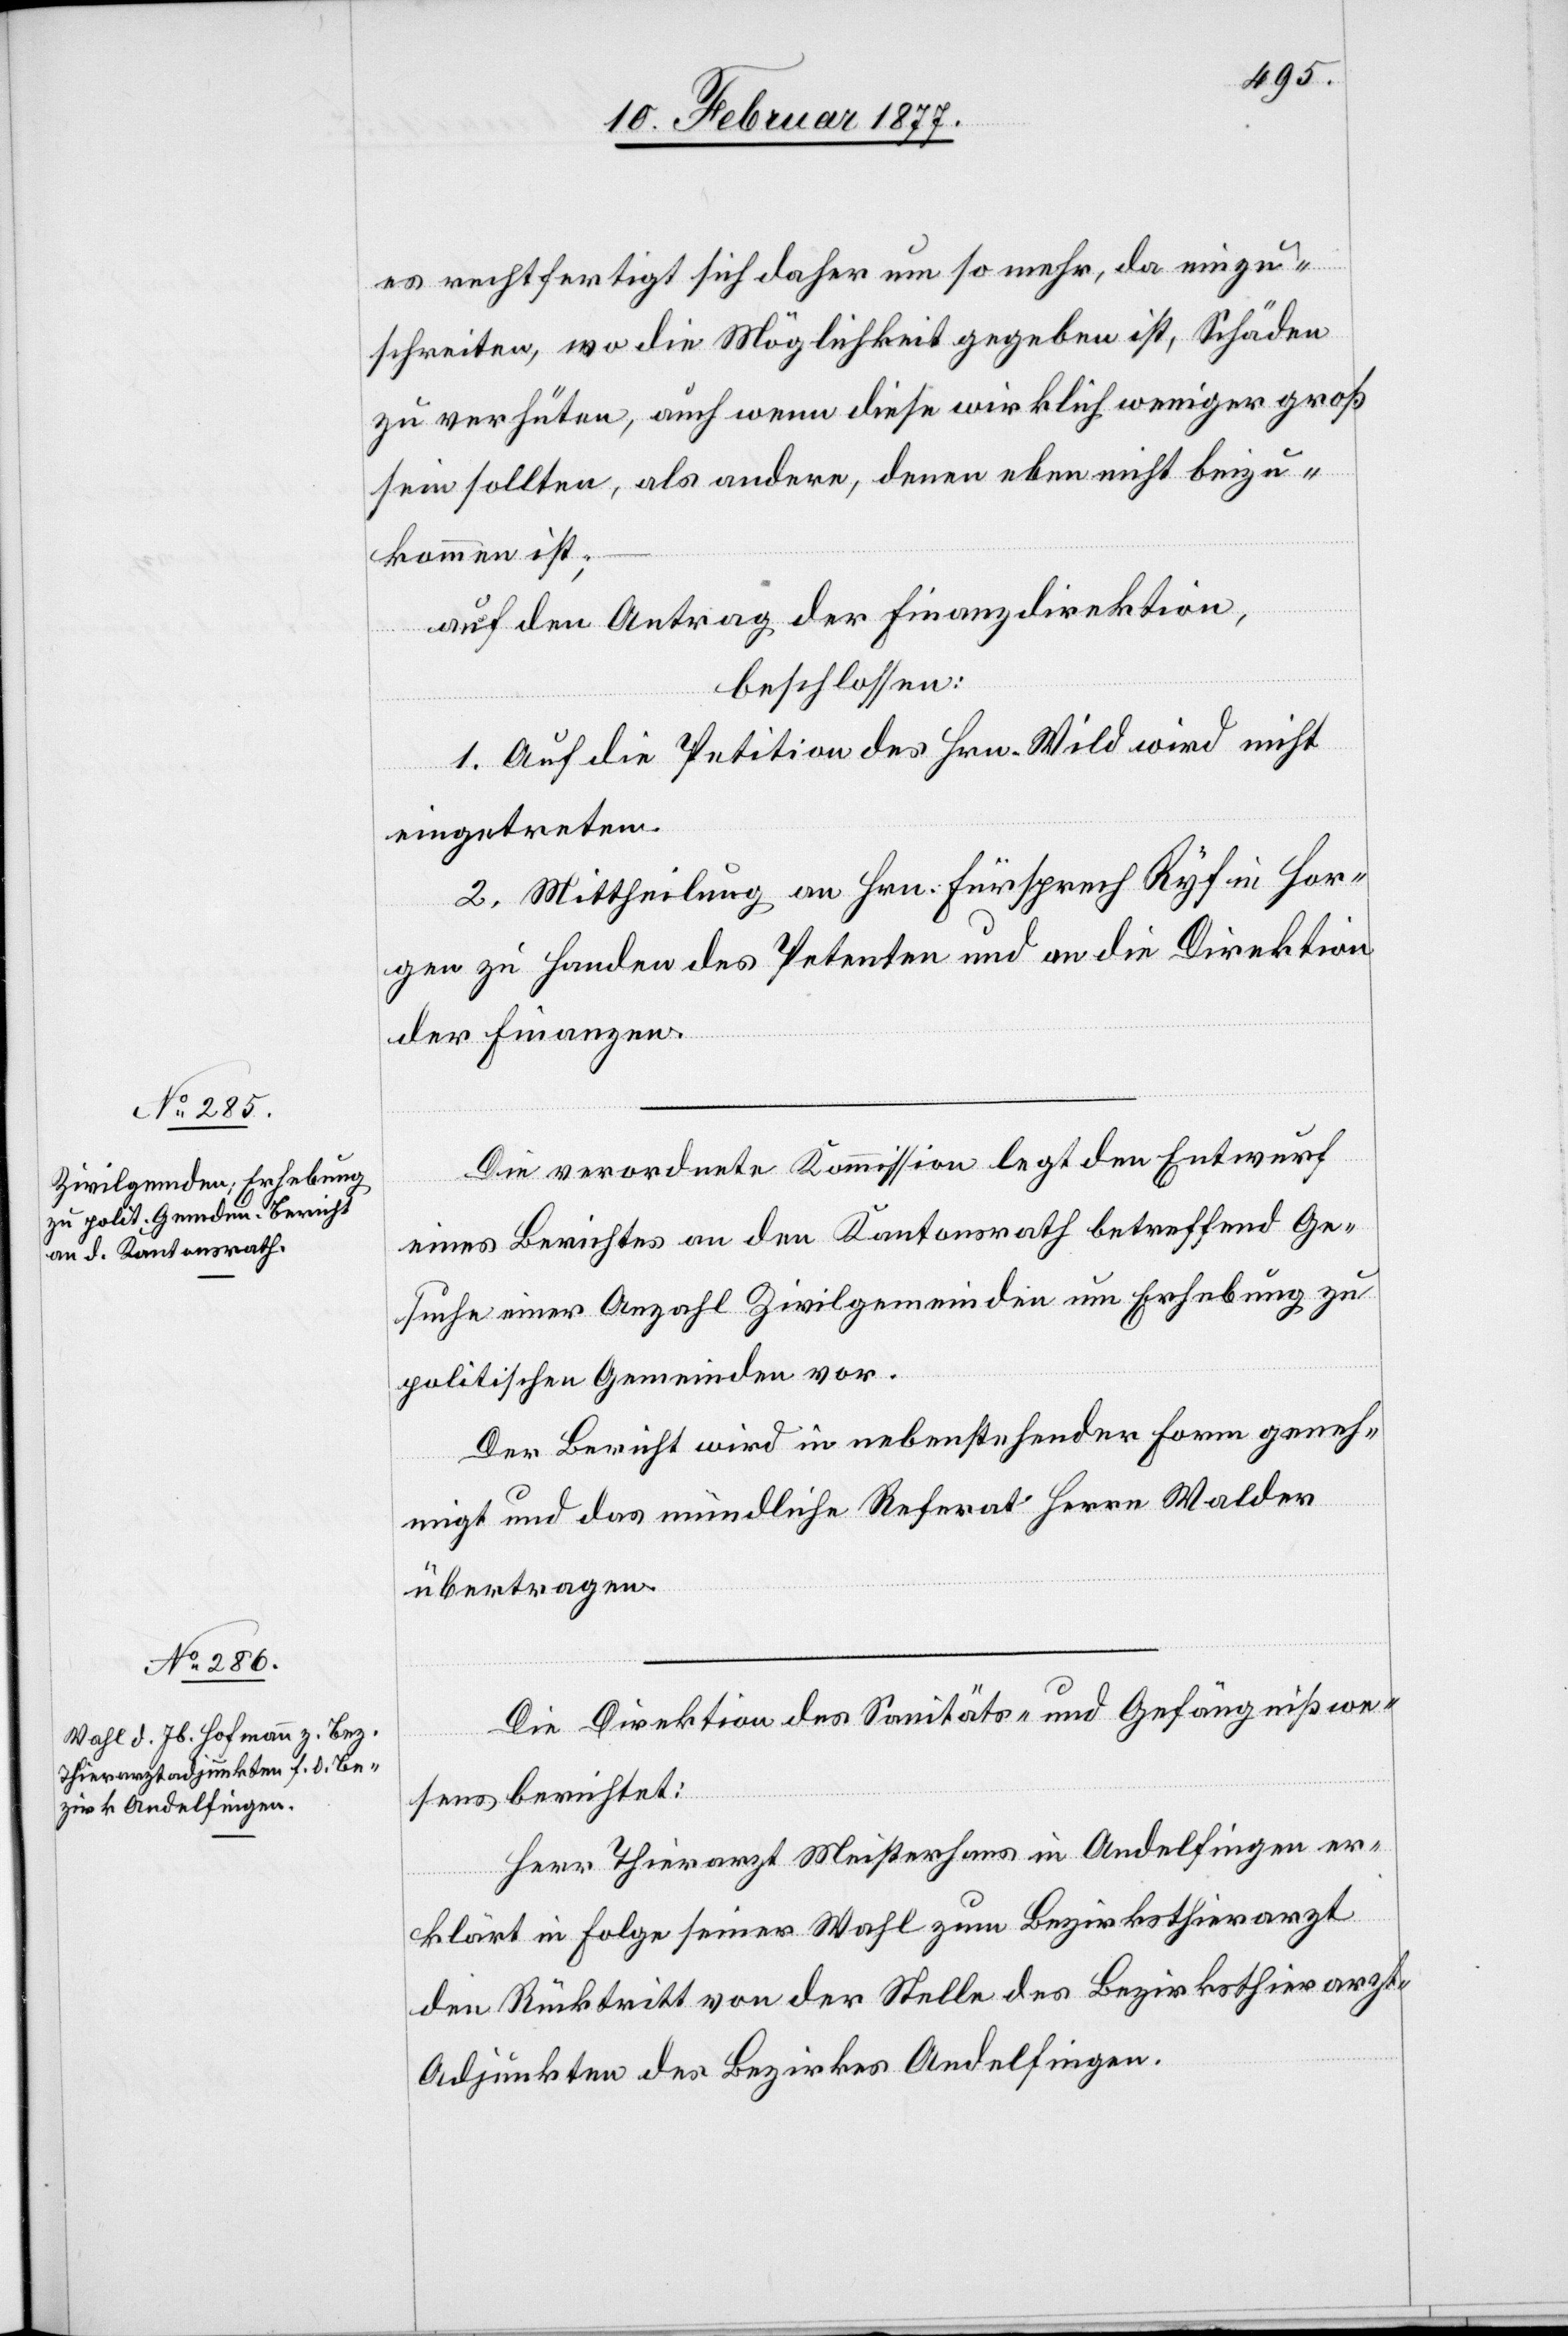
es rechtfertigt sich daher um so mehr, da einzu¬
schreiten, wo die Möglichkeit gegeben ist, Schäden
zu verhüten, auch wenn diese wirklich weniger groß
sein sollten, als andere, denen eben nicht beizu¬
kommen ist,
auf den Antrag der Finanzdirektion,
beschlossen:
1. Auf die Petition des Hrn. Wild wird nicht
eingetreten.
2. Mittheilung an Hrn. Fürsprech Ryf in Hor¬
gen zu Handen des Petenten und an die Direktion
der Finanzen.
Die verordnete Kommission legt den Entwurf
eines Berichtes an den Kantonsrath betreffend Ge¬
suche einer Anzahl Zivilgemeinden um Erhebung zu
politischen Gemeinden vor.
Der Bericht wird in nebenstehender Form geneh¬
migt und das mündliche Referat Herrn Walder
übertragen.
Die Direktion des Sanitäts- und Gefängniswe¬
sens berichtet:
Herr Thierarzt Meisterhans in Andelfingen er¬
klärt in Folge seiner Wahl zum Bezirksthierarzt
den Rücktritt von der Stelle des Bezirksthierarz¬
t-Adjunkten des Bezirkes Andelfingen.